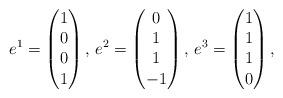
LaTeX: \begin{align*}e^1 = \begin{pmatrix} 1 \\ 0 \\ 0 \\ 1 \end{pmatrix}, \,e^2 = \begin{pmatrix} 0 \\ 1 \\ 1 \\ -1 \end{pmatrix}, \,e^3 = \begin{pmatrix} 1 \\ 1 \\ 1 \\ 0 \end{pmatrix},\end{align*}